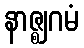
နာဇ္ဈဂမံ